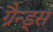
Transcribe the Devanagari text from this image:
ग्रैन्ड्स